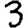
Digit: 3